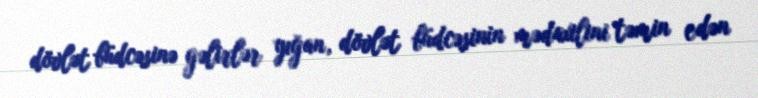
dövlət büdcəsinə gəlirlər yığan, dövlət büdcəsinin mədaxilini təmin edən